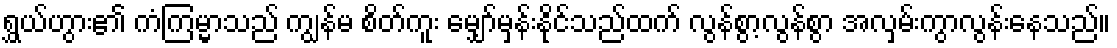
ရွှယ်ဟွား၏ ကံကြမ္မာသည် ကျွန်မ စိတ်ကူး မျှော်မှန်းနိုင်သည်ထက် လွန်စွာ့လွန်စွာ အလှမ်းကွာလွန်းနေသည်။